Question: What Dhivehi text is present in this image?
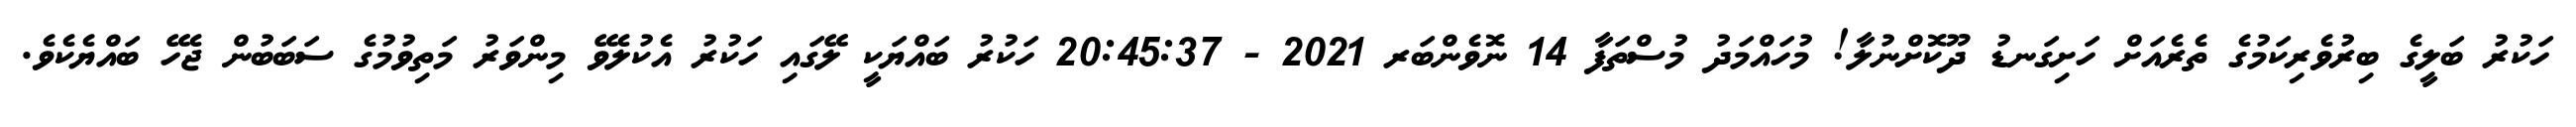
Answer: ހަކުރު ބަލީގެ ބިރުވެރިކަމުގެ ތެރެއަށް ހަށިގަނޑު ދޫކޮށްނުލާ! މުހައްމަދު މުސްތަފާ 14 ނޮވެންބަރ 2021 - 20:45:37 ހަކުރު ބައްޔަކީ ލޭގައި ހަކުރު އެކުލެވޭ މިންވަރު މަތިވުމުގެ ސަބަބުން ޖެހޭ ބައްޔެކެވެ.